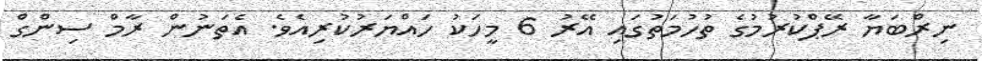
ނިރްބަޔާ ރޭޕްކުރުމުގެ ތުހުމަތުގައި އޭރު 6 މީހަކު ހައްޔަރުކުރިއެވެ. އެތަނުން ރާމް ސިންގް